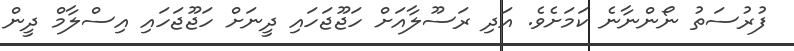
ފުރުސަތު ނޯންނާނެ ކަމަށެވެ. އަދި ރަސޫލާއަށް ހަޖޫޖަހައި ދީނަށް ހަޖޫޖަހައި އިސްލާމް ދީން